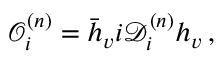
\mathcal O _ { i } ^ { ( n ) } = \bar { h } _ { v } i \mathcal D _ { i } ^ { ( n ) } h _ { v } \, ,